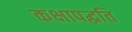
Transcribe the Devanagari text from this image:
कक्षापद्धति